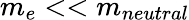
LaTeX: m_{e}<<m_{neutral}